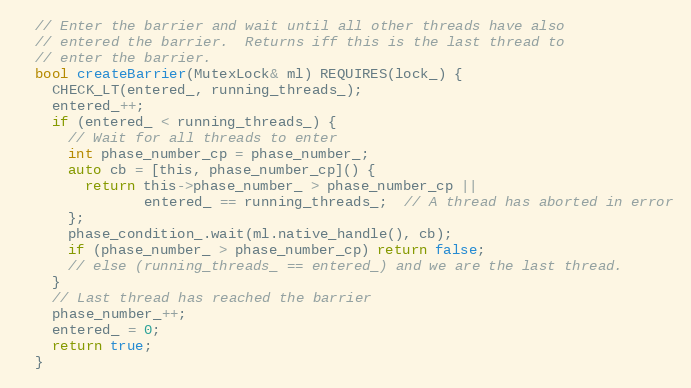
Language: C
  // Enter the barrier and wait until all other threads have also
  // entered the barrier.  Returns iff this is the last thread to
  // enter the barrier.
  bool createBarrier(MutexLock& ml) REQUIRES(lock_) {
    CHECK_LT(entered_, running_threads_);
    entered_++;
    if (entered_ < running_threads_) {
      // Wait for all threads to enter
      int phase_number_cp = phase_number_;
      auto cb = [this, phase_number_cp]() {
        return this->phase_number_ > phase_number_cp ||
               entered_ == running_threads_;  // A thread has aborted in error
      };
      phase_condition_.wait(ml.native_handle(), cb);
      if (phase_number_ > phase_number_cp) return false;
      // else (running_threads_ == entered_) and we are the last thread.
    }
    // Last thread has reached the barrier
    phase_number_++;
    entered_ = 0;
    return true;
  }